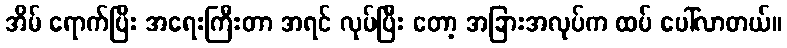
အိမ် ရောက်ပြီး အရေးကြီးတာ အရင် လုပ်ပြီး တော့ အခြားအလုပ်က ထပ် ပေါ်လာတယ်။